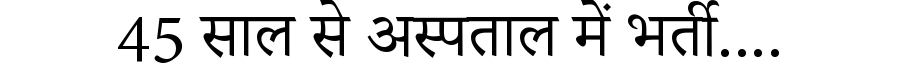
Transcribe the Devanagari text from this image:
45 साल से अस्पताल में भर्ती....